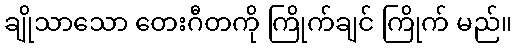
ချိုသာသော တေးဂီတကို ကြိုက်ချင် ကြိုက် မည်။